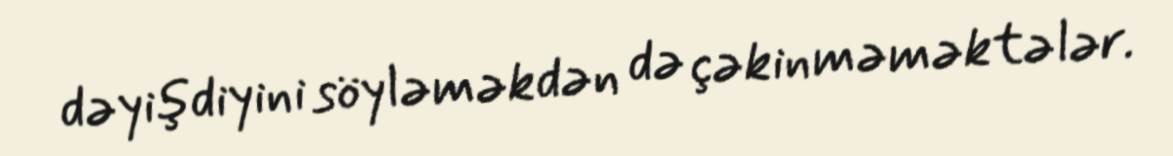
dəyişdiyini söyləməkdən də çəkinməməktələr.